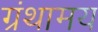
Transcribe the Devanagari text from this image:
ग्रंथामय